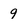
Character: 9